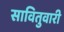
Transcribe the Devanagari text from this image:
सावितुवारी